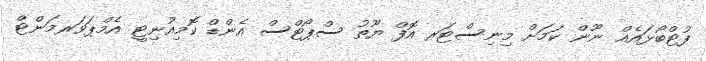
ފުޓްބޯޅައެއް ނޫން ކަމަށް މިނިސްޓަރ އޮފް ޔޫތު ސްޕޯޓްސް އެންޑް ކޮމިއުނިޓީ އެމްޕަވަރމަންޓް